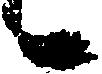
候